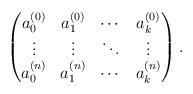
LaTeX: \begin{align*} \begin{pmatrix} a_0^{(0)}& a_1^{(0)}&\cdots&a_k^{(0)}\\ \vdots & \vdots & \ddots &\vdots \\ a_0^{(n)}& a_1^{(n)}&\cdots&a_k^{(n)}\\ \end{pmatrix} . \end{align*}